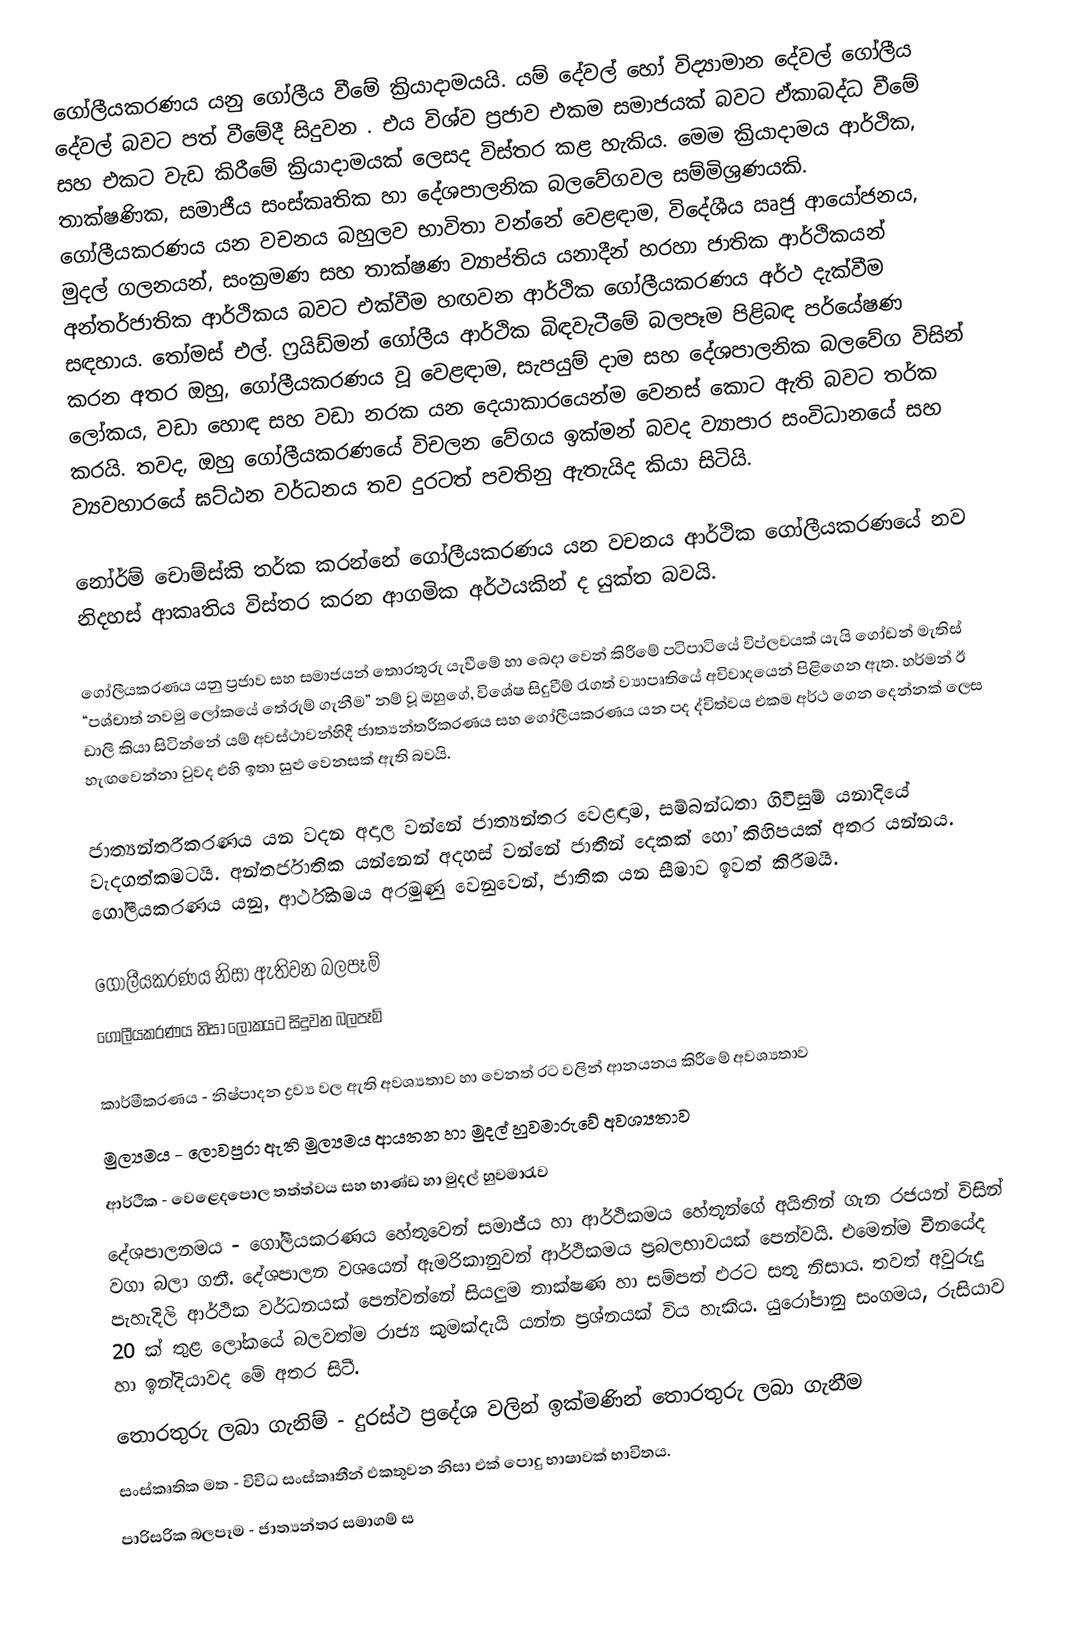
ගෝලීයකරණය යනු ගෝලීය වීමේ ක්‍රියාදාමයයි. යම් දේවල් හෝ විද්‍යාමාන දේවල් ගෝලීය දේවල් බවට පත් වී‍මේදී සිදුවන . එය විශ්ව ප්‍රජාව එකම සමාජයක් බවට ඒකාබද්ධ වීමේ සහ එකට වැඩ කිරීමේ ක්‍රියාදාමයක් ලෙසද විස්තර කළ හැකිය. මෙම ක්‍රියාදාමය ආර්ථික, තාක්ෂණික, සමාජීය සංස්කෘතික හා දේශපාලනික බලවේගවල සම්මිශ්‍රණයකි. ගෝලීයකරණය යන වචනය බහුලව භාවිතා වන්නේ වෙළඳාම, විදේශීය ඍජු ආයෝජනය, මුදල් ගලනයන්, සංක්‍රමණ සහ තාක්ෂණ ව්‍යාප්තිය යනාදීන් හරහා ජාතික ආර්ථිකයන් අන්තර්ජාතික ආර්ථිකය බවට එක්වීම හඟවන ආර්ථික ගෝලීයකරණය අර්ථ දැක්වීම සඳහාය. තෝමස් එල්. ෆ්‍රයිඩ්මන් ගෝලීය ආර්ථික බිඳවැටීමේ බලපෑම පිළිබඳ පර්යේෂණ කරන අතර ඔහු, ගෝලීයකරණය වූ වෙළඳාම, සැපයුම් දාම සහ දේශපාලනික බලවේග විසින් ලෝකය, වඩා හොඳ සහ වඩා නරක යන දෙයාකාරයෙන්ම වෙනස් කොට ඇති බවට තර්ක කරයි. තවද, ඔහු ගෝලීයකරණයේ විචලන වේගය ඉක්මන් බවද ව්‍යාපාර සංවිධානයේ සහ ව්‍යවහාරයේ ඝට්ඨන වර්ධනය තව දුරටත් පවතිනු ඇතැයිද කියා සිටියි.

නෝර්ම් චොම්ස්කි තර්ක කරන්නේ ගෝලීයකරණය යන වචනය ආර්ථික ගෝලීයකරණයේ නව නිදහස් ආකෘතිය විස්තර කරන ආගමික අර්ථයකින් ද යුක්ත බවයි.

ගෝලීයකරණය යනු ප්‍රජාව සහ සමාජයන් ‍තොරතුරු යැවීමේ හා බෙදා වෙන් කිරීමේ පටිපාටියේ විප්ලවයක් යැයි ගෝඩන් මැතිස් “පශ්චාත් නවමු ලෝකයේ තේරුම් ගැනීම” නම් වූ ඔහුගේ, වි‍ශේෂ සිදුවීම් රැගත් ව්‍යාපෘතියේ අවිවාදයෙන් පිළිගෙන ඇත. හර්මන් ඊ ඩාලි කියා සිටින්නේ යම් අවස්ථාවන්හිදී ජාත්‍යන්තරීකරණය සහ ගෝලීයකරණය යන පද ද්විත්වය එකම අර්ථ ගෙන දෙන්නක් ලෙස හැඟවෙන්නා වුවද එහි ඉතා සුළු වෙනසක් ඇති බවයි.

ජාත්‍යන්තරීකරණය යන වදන අදාල වන්නේ ජාත්‍යන්තර වෙළඳාම, සම්බන්ධතා ගිවිසුම් යනාදියේ වැදගත්කමටයි. අන්තර්ජාතික යන්නෙන් අදහස් වන්නේ ජාතීන් දෙකක් හෝ කිහිපයක් අතර යන්නය. ගෝලීයකරණය යනු, ආර්ථිකමය අරමුණු වෙනුවෙන්, ජාතික යන සීමාව ඉවත් කිරීමයි.

ගෝලීයකරණය නිසා ඇතිවන බලපෑම්
ගෝලීයකරණය නිසා ලෝකයට සිදුවන බලපෑම්

 කාර්මීකරණය - නිෂ්පාදන ද්‍රව්‍ය වල ඇති අවශ්‍යතාව හා වෙනත් රට වලින් ආනයනය කිරීමේ අවශ්‍යතාව
මුල්‍යමය - ලොවපුරා ඇති මුල්‍යමය ආයතන හා මුදල් හුවමාරුවේ අවශ්‍යතාව
 ආර්ථික - වෙළෙදපොල තත්ත්වය සහ භාණ්ඩ හා මුදල් හුවමාරැව
 දේශපාලනමය - ගෝලීයකරණය හේතුවෙන් සමාජීය හා ආර්ථිකමය හේතූන්ගේ අයිතින් ගැන රජයන් විසින් වගා බලා ගනී. දේශපාලන වශයෙන් ඇමරිකානුවන් ආර්ථිකමය ප්‍රබලභාවයක් පෙන්වයි. එමෙන්ම චීනයේද පැහැදිලි ආර්ථික වර්ධනයක් පෙන්වන්නේ සියලුම තාක්ෂණ හා සම්පත් එරට සතු නිසාය. තවත් අවුරුදු 20 ක් තුළ ලෝකයේ බලවත්ම රාජ්‍ය කුමක්දැයි යන්න ප්‍රශ්නයක් විය හැකිය. යුරෝපානු සංගමය, රුසියාව හා ඉන්දියාවද මේ අතර සිටී.
 තොරතුරු ලබා ගැනිම් - දුරස්ථ ප්‍රදේශ වලින් ඉක්මණින් තොරතුරු ලබා ගැනීම
 සංස්කෘතික මත - විවිධ සංස්කෘතීන් එකතුවන නිසා එක් පොදු භාෂාවක් භාවිතය.
 පාරිසරික බලපෑම - ජාත්‍යන්තර සමාගම් ස